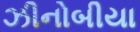
ઝીનોબીયા